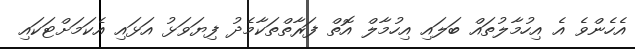
އެހެންވެ އެ އިހުމާލުތައް ބަލައި އިހުމާލް އޮތް ފަރާތްތަކާމެދު ފިޔަވަޅު އަޅައި އެކަމަށްޓަކައި